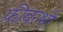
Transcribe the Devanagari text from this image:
फीवरभी